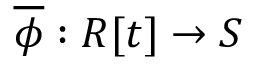
{ \overline { { \phi } } } : R [ t ] \to S